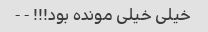
خیلی خیلی مونده بود!!! - -